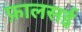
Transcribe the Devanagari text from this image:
फ़ालसई